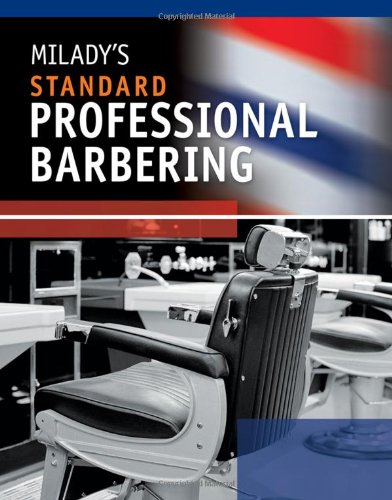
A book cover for Milady's Standard Professional Barbering; Milady; Arts & Photography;